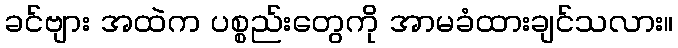
ခင်ဗျား အထဲက ပစ္စည်းတွေကို အာမခံထားချင်သလား။